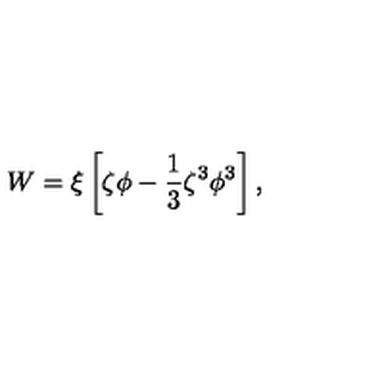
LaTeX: W = \xi \left[ \zeta \phi - { \frac { 1 } { 3 } } \zeta ^ { 3 } \phi ^ { 3 } \right] ,